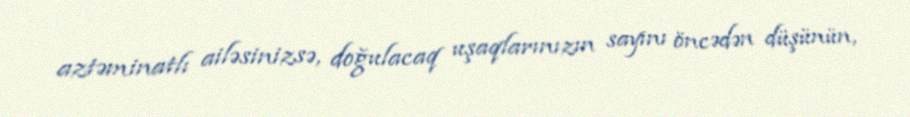
aztəminatlı ailəsinizsə, doğulacaq uşaqlarınızın sayını öncədən düşünün,